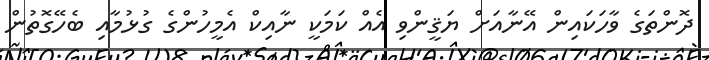
ދޮންތަގެ ވާހަކައިން އޭނާއަށް ޔަޤީންވި އެއް ކަމަކީ ނާއިކް އެމީހުންގެ ގުޅުމާއި ބެހޭގޮތުން